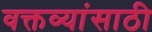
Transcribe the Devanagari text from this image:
वक्तव्यांसाठी